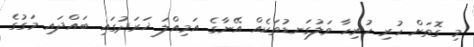
މި ގޮތަށް ހުރި ހުރިހާ ވަލުގަނޑުތަކެއް އޭނާގެ އަމިއްލަ ޚަރަދުގައި ބައްދައި މަގުގެ